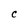
Character: C